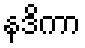
နဒိကာ